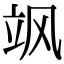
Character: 飒